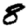
Digit: 8